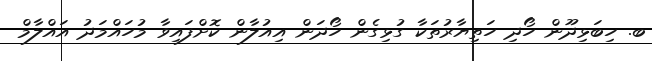
ބ. ހިބަޅިދޫން ހޯދި ހަތިޔާރުތަކާ ގުޅިގެން ހޯދަން އިއުލާން ކޮށްފައިވާ މުހައްމަދު އައްލާމް